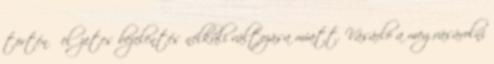
történő előzetes bejelentés nélküli változása miatt. Vásárló a megvásárolni